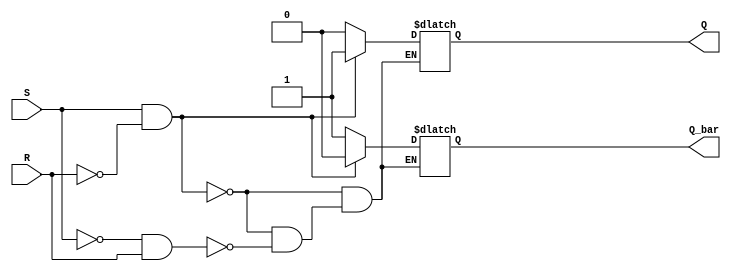
module sr_latch(
    input wire S,
    input wire R,
    output reg Q,
    output reg Q_bar
);

always @(*) begin
    if (S && !R) begin
        Q = 1;
        Q_bar = 0;
    end else if (!S && R) begin
        Q = 0;
        Q_bar = 1;
    end else begin
        Q = Q;
        Q_bar = Q_bar;
    end
end

endmodule